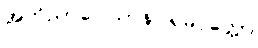
အဘိညာဝေါသာနပါရမိပ္ပတ္တော